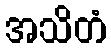
အသိတံ